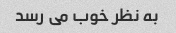
به نظر خوب می رسد